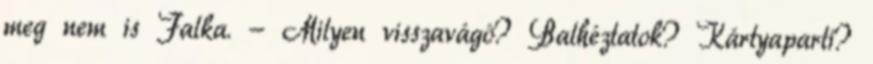
meg nem is Falka. - Milyen visszavágó? Balhéztatok? Kártyaparti?